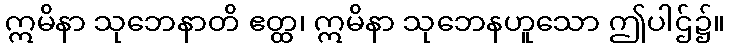
ဣမိနာ သုဘေနာတိ ဧတ္ထ၊ ဣမိနာ သုဘေနဟူသော ဤပါဌ်၌။